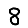
Digit: 8